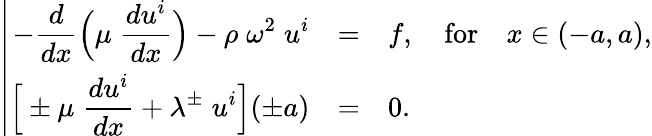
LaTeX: \left|\begin{array}{rcll}{\displaystyle-\frac{d}{dx}\Big(\mu\; \frac{du^{i}}{dx}\Big)-\rho\; \omega^{2}\; u^{i}}&{=}&{f,\quad\textnormal{for}}&{x\in(-a,a),}\\ {\displaystyle\Big[\pm\mu\; \frac{du^{i}}{dx}+\lambda^{\pm}\; u^{i}\Big](\pm a)}&{=}&{0.}\end{array}\right.